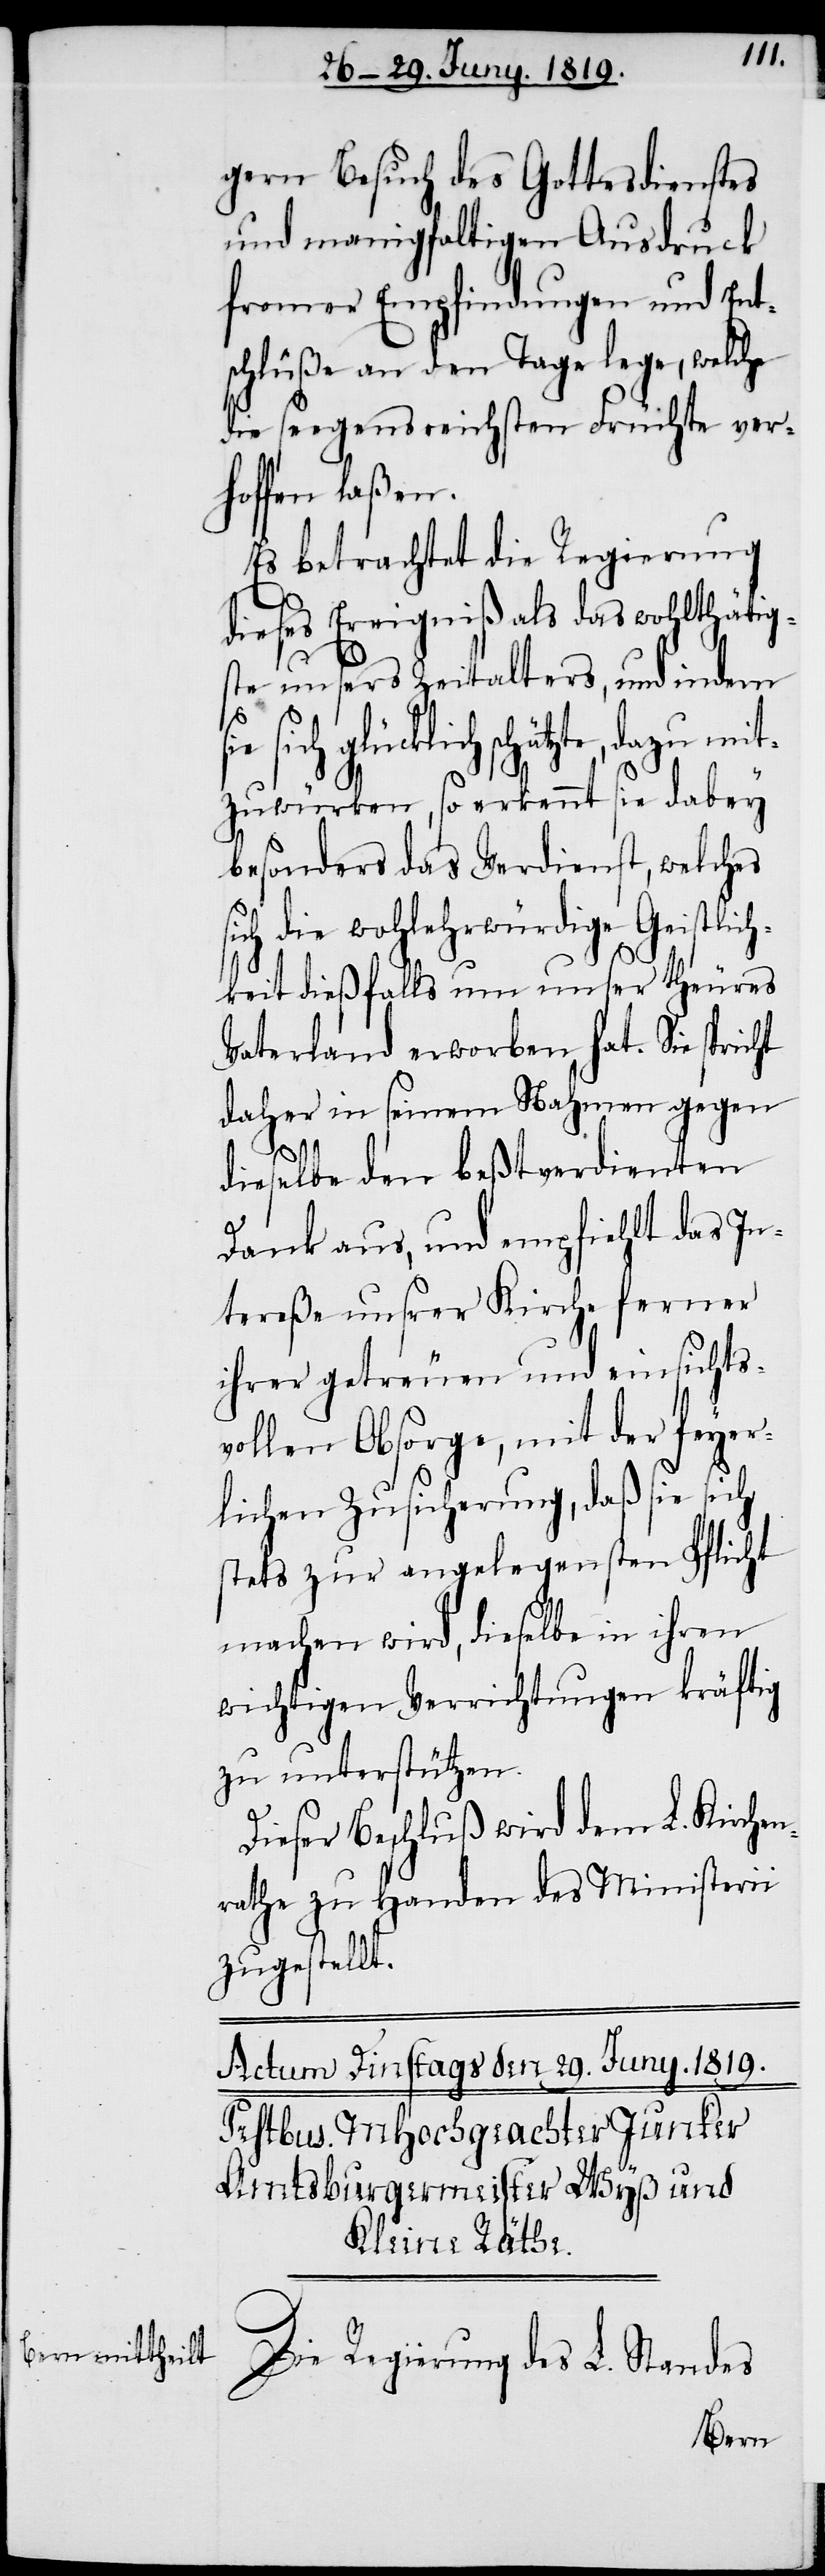
gen Besuch des Gotterdienstes
und manigfaltigen Ausdruck
fromer Empfindungen und Ents¬
chlüße an den Tage lege, welche
die segensreichsten Früchte ver¬
hoffen laßen.
Es betrachtet die Regierung
dieses Ereigniß als das wohlthätig¬
ste unsers Zeitalters, und indem
sich glücklich schätzte, dazu mi¬
tzuwürken, so erkennt sie dabey
besonders das Verdienst, welches
sich die wohlehrwürdige Geistlich¬
keit dießfalls um unser theures
Vaterland erworben hat. Sie spricht
daher in seinem Nahmen gegen
dieselbe den beßtverdienten
Dank aus, und empfiehlt das In¬
tereße unsrer Kirche ferner
ihrer getreuen und einsichts¬
vollen Obsorge, mit der feyer¬
lichen Zusicherung, daß sie sich
stets zur angelegensten Pflicht
machen wird, dieselbe in ihren
wichtigen Verrichtungen kräftig
zu unterstützen.
Dieser Beschluß wird dem L. Kirchen¬
rathe zu Handen des Ministerii
zugestellt.
Die Regierung des L. Standes